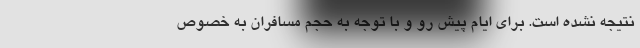
نتیجه نشده است. برای ایام پیش‌ رو و با توجه به حجم مسافران به خصوص